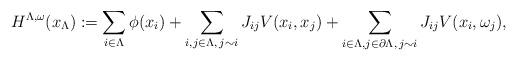
LaTeX: \begin{align*}H^{\Lambda,\omega}(x_\Lambda) := \sum_{i \in \Lambda} \phi(x_i) + \sum_{i,j \in \Lambda,\, j \sim i} J_{ij} V(x_i, x_j)+ \sum_{i\in \Lambda,j \in \partial \Lambda,\, j \sim i} J_{ij} V(x_i, \omega_j),\end{align*}